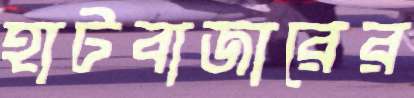
হাটবাজারের